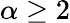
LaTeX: \alpha\ge 2